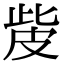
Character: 𤿙